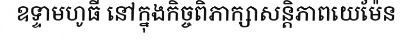
ឧទ្ទាមហូធី នៅក្នុងកិច្ចពិភាក្សាសន្តិភាពយេម៉ែន